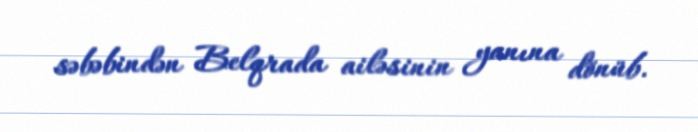
səbəbindən Belqrada ailəsinin yanına dönüb.